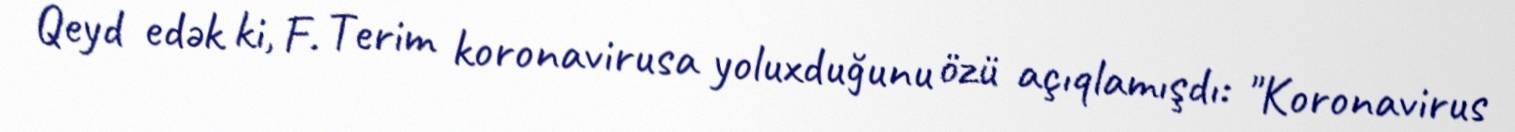
Qeyd edək ki, F. Terim koronavirusa yoluxduğunu özü açıqlamışdı: "Koronavirus